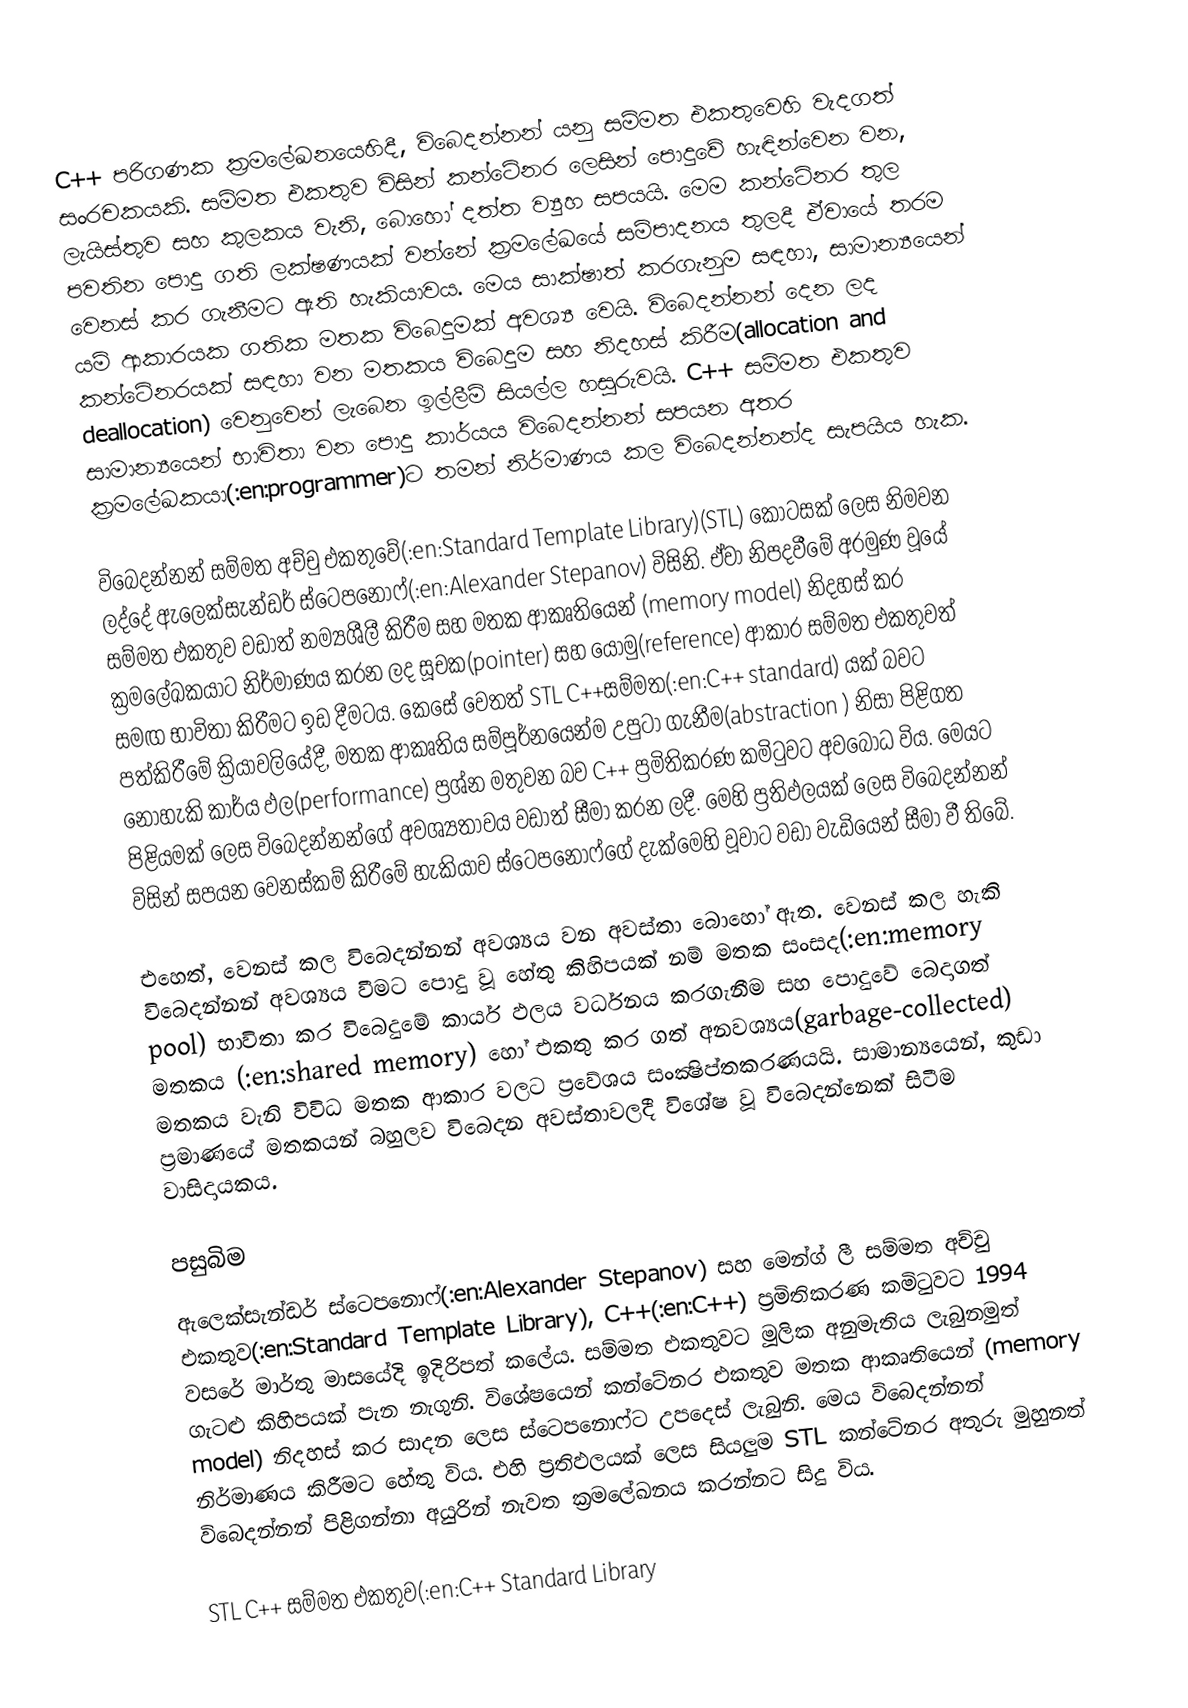
C++ පරිගණක ක්‍රමලේඛනයෙහිදී, විබෙදන්නන් යනු සම්මත එකතුවෙහි වැදගත් සංරචකයකි. සම්මත එකතුව විසින් කන්ටේනර ලෙසින් පොදුවේ හැඳින්වෙන වන, ලැයිස්තුව සහ කුලකය වැනි, බොහෝ දත්ත ව්‍යුහ සපයයි. මෙම කන්ටේනර තුල පවතින පොදු ගති ලක්ෂණයක් වන්නේ ක්‍රමලේඛයේ සම්පාදනය තුලදී ඒවායේ තරම වෙනස් කර ගැනීමට ඇති හැකියාවය. මෙය සාක්ෂාත් කරගැනුම සඳහා, සාමාන්‍යයෙන් යම් ආකාරයක ගතික මතක විබෙදුමක් අවශ්‍ය වෙයි. විබෙදන්නන් දෙන ලද කන්ටේනරයක් සඳහා වන මතකය විබෙදුම සහ නිදහස් කිරීම(allocation and deallocation) වෙනුවෙන් ලැබෙන ඉල්ලීම් සියල්ල හසුරුවයි. C++ සම්මත එකතුව සාමාන්‍යයෙන් භාවිතා වන පොදු කාර්යය විබෙදන්නන් සපයන අතර ක්‍රමලේඛකයා(:en:programmer)ට තමන් නිර්මාණය කල විබෙදන්නන්ද සැපයිය හැක.

විබෙදන්නන් සම්මත අච්චු එකතුවේ(:en:Standard Template Library)(STL) කොටසක් ලෙස නිමවන ලද්දේ ඇලෙ‍‍‍ක්සැන්ඩර් ස්ටෙපනොෆ්(:en:Alexander Stepanov) විසිනි. ඒවා නිපදවීමේ අරමුණ වූයේ සම්මත එකතුව වඩාත් නම්‍යශීලී කිරීම සහ මතක ආකෘතියෙන් (memory model) නිදහස් කර ක්‍රමලේඛකයාට නිර්මාණය කරන ලද සූචක(pointer) සහ යොමු(reference) ආකාර සම්මත එකතුවත් සමඟ භාවිතා කිරීමට ඉඩ දීමටය. කෙසේ වෙතත් STL C++සම්මත(:en:C++ standard) යක් බවට පත්කිරීමේ ක්‍රියාවලියේදී, මතක ආකෘතිය සම්පූර්නයෙන්ම උපුටා ගැනීම(abstraction ) නිසා පිළිගත නොහැකි කාර්ය ඵල(performance) ප්‍රශ්න මතුවන බව C++ ප්‍රමිතිකරණ කමිටුවට අවබෝධ විය. මෙයට පිළියමක් ලෙස විබෙදන්නන්ගේ අවශ්‍යතාවය වඩාත් සීමා කරන ලදී. මෙහි ප්‍රතිඵලයක් ලෙස විබෙදන්නන් විසින් සපයන වෙනස්කම් කිරීමේ හැකියාව ස්ටෙපනොෆ්ගේ දැක්මෙහි වූවාට වඩා වැඩියෙන් සීමා වී තිබේ.

එහෙත්, වෙනස් කල විබෙදන්නන් අවශ්‍යය වන අවස්තා බොහෝ ඇත. වෙනස් කල හැකි විබෙදන්නන් අවශ්‍යය වීමට පොදු වූ හේතු කිහිපයක් නම් මතක සංසද(:en:memory pool) භාවිතා කර විබෙදුමේ කාර්ය ඵලය වර්ධනය කරගැනීම සහ පොදුවේ බෙදාගත් මතකය (:en:shared memory) හෝ එකතු කර ගත් අනවශ්‍යය(garbage-collected) මතකය වැනි විවිධ මතක ආකාර වලට ප්‍රවේශය සංක්‍ෂිප්තකරණයයි. සාමාන්‍යයෙන්, කුඩා ප්‍රමාණයේ මතකයන් බහුලව විබෙදන අවස්තාවලදී විශේෂ වූ විබෙදන්නෙක් සිටීම වාසිදායකය.

පසුබිම
ඇලෙ‍‍‍ක්සැන්ඩර් ස්ටෙපනොෆ්(:en:Alexander Stepanov) සහ මෙන්ග් ලී සම්මත අච්චු එකතුව(:en:Standard Template Library), C++(:en:C++) ප්‍රමිතිකරණ කමිටුවට 1994 වසරේ මාර්තු මාසයේදි ඉදිරිපත් කලේය.  සම්මත එකතුවට මූලික අනුමැතිය ලැබුනමුත් ගැටළු කිහිපයක් පැන නැගුනි. විශේෂයෙන් කන්ටේනර එකතුව මතක ආකෘතියෙන් (memory model) නිදහස් කර සාදන ලෙස ස්ටෙපනොෆ්ට උපදෙස් ලැබුනි.  මෙය විබෙදන්නන් නිර්මාණය කිරීමට හේතු විය. එහි ප්‍රතිඵලයක් ලෙස සියලුම STL කන්ටේනර අතුරු මුහුනත් විබෙදන්නන් පිළිගන්නා අයුරින් නැවත ක්‍රමලේඛනය කරන්නට සිදු විය.

STL C++ සම්මත එකතුව(:en:C++ Standard Library